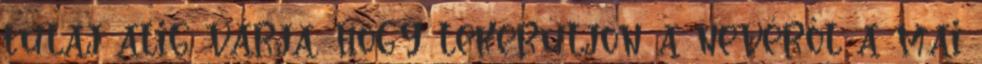
tulaj alig várja, hogy lekerüljön a nevéről a mai